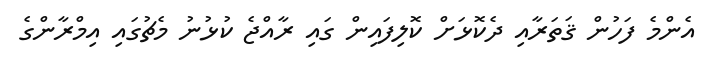
އެންމެ ފަހުން ޤަތަރާއި ދެކޮޅަށް ކޮލިފައިން ގައި ރާއްޖެ ކުޅުނު މެޗުގައި އިމްރާންގެ